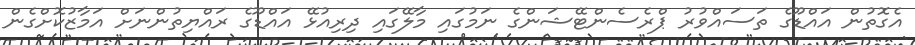
އެގޮތުން އައްޑޫގެ ތަސައްވުރު ޕްރެސެންޓޭޝަންގެ ނަމުގައި މާލޭގައި ދިރިއުޅޭ އައްޑޫގެ ރައްޔިތުންނަށް އަމާޒުކޮށްގެން